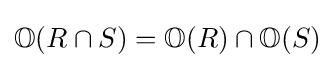
\mathbb {O} (R\cap S)=\mathbb {O} (R)\cap \mathbb {O} (S)